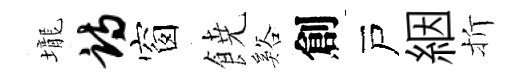
壠诗窗𩜙谿創戸絪折